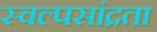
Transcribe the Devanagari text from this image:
स्वल्पसांद्रता